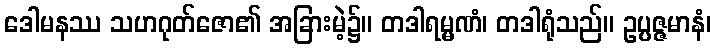
ဒေါမနဿ သဟဂုတ်ဇော၏ အခြားမဲ့၌။ တဒါရမ္မဏံ၊ တဒါရုံသည်။ ဥပ္ပဇ္ဇမာနံ၊